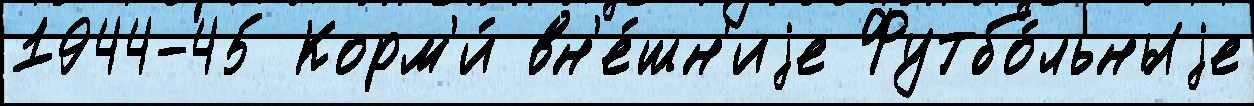
1944-45 Корм'и́ вн'е́шн'иjе Футбо́льныjе